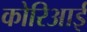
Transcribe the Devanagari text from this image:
कोरिआई